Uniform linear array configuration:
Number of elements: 48
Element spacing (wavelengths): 0.75
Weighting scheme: hamming
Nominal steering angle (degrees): -30
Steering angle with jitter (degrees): -28.524
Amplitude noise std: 0.05
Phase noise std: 0.05

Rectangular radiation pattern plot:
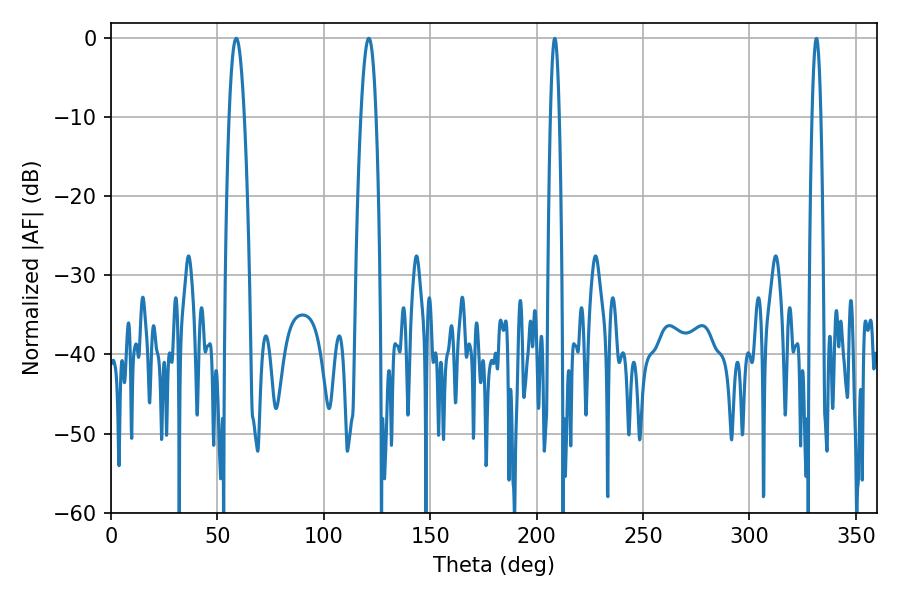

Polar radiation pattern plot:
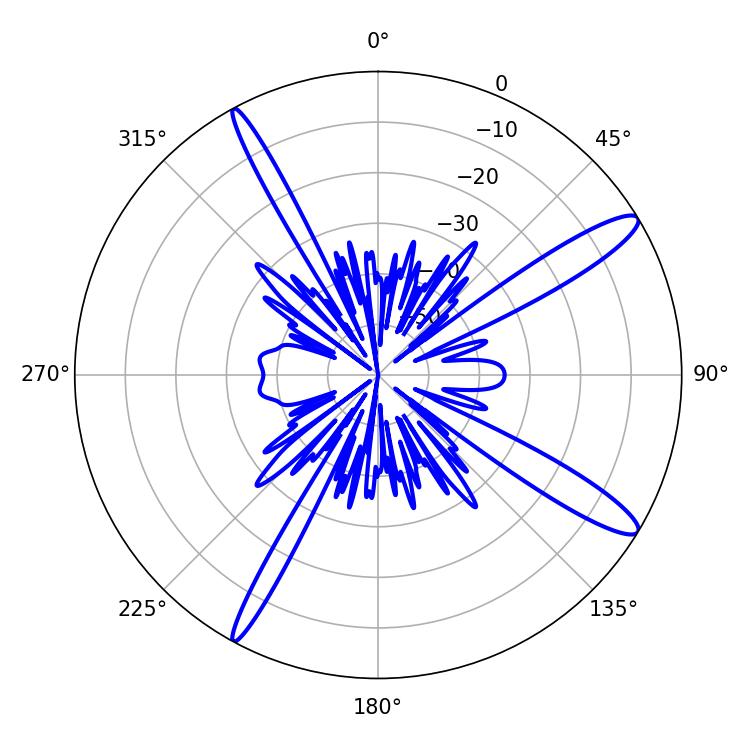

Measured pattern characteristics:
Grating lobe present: TRUE
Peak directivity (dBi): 13.68
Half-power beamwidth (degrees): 3.78
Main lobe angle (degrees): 58.86